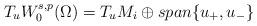
LaTeX: \begin{align*} T_{u}W_{0}^{s,p}(\Omega)=T_{u}M_{i}\oplus span\lbrace u_{+},u_{-}\rbrace\end{align*}